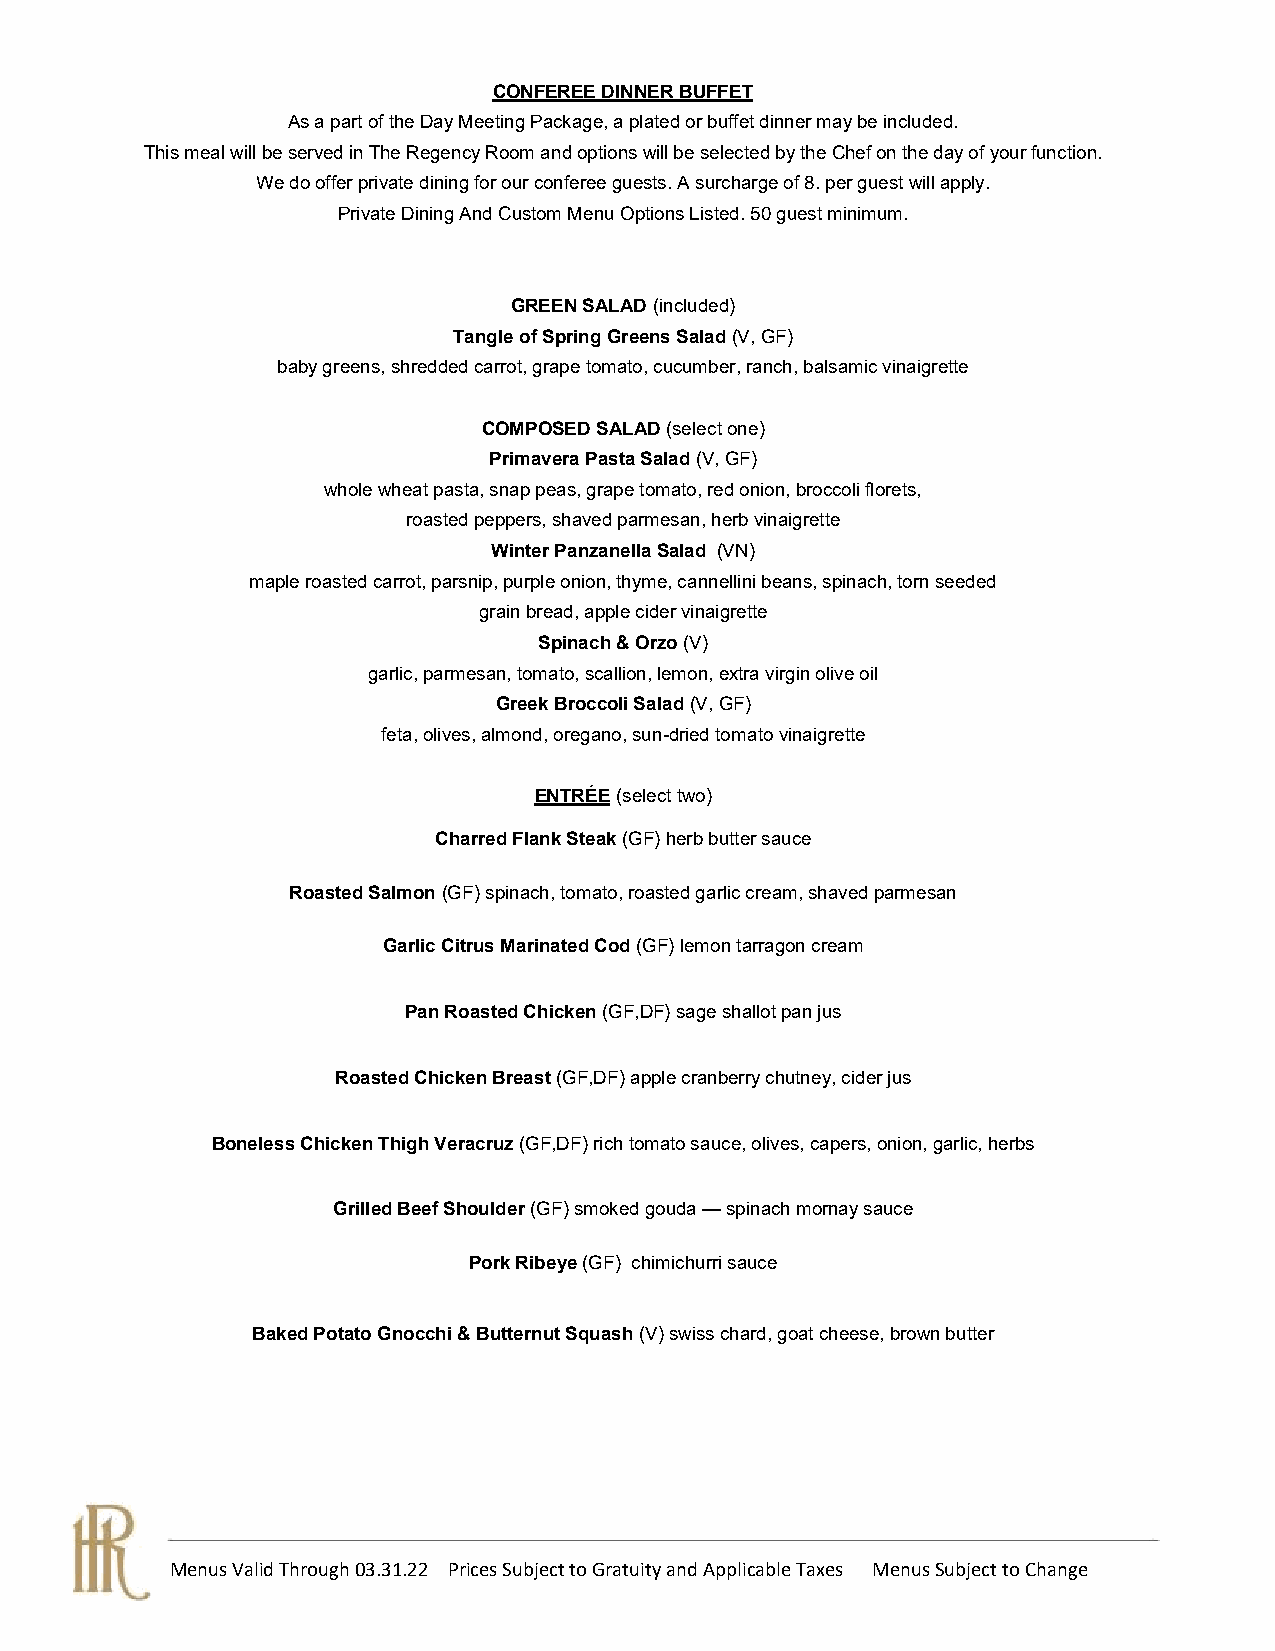
CONFEREE DINNER BUFFET
 As a part of the Day Meeting Package, a plated or buffet dinner may be included.
 This meal will be served in The Regency Room and options will be selected by the Chef on the day of your function.
 We do offer private dining for our conferee guests. A surcharge of 8. per guest will apply.
 Private Dining And Custom Menu Options Listed. 50 guest minimum.
 GREEN SALAD (included)
 Tangle of Spring Greens Salad (V, GF)
 baby greens, shredded carrot, grape tomato, cucumber, ranch, balsamic vinaigrette
 COMPOSED SALAD (select one)
 Primavera Pasta Salad (V, GF)
 whole wheat pasta, snap peas, grape tomato, red onion, broccoli florets,
 roasted peppers, shaved parmesan, herb vinaigrette
 Winter Panzanella Salad (VN)
 maple roasted carrot, parsnip, purple onion, thyme, cannellini beans, spinach, torn seeded
 grain bread, apple cider vinaigrette
 Spinach & Orzo (V)
 garlic, parmesan, tomato, scallion, lemon, extra virgin olive oil
 Greek Broccoli Salad (V, GF)
 feta, olives, almond, oregano, sun-dried tomato vinaigrette
 ENTRÉE (select two)
 Charred Flank Steak (GF) herb butter sauce
 Roasted Salmon (GF) spinach, tomato, roasted garlic cream, shaved parmesan
 Garlic Citrus Marinated Cod (GF) lemon tarragon cream
 Pan Roasted Chicken (GF,DF) sage shallot pan jus
 Roasted Chicken Breast (GF,DF) apple cranberry chutney, cider jus
 Boneless Chicken Thigh Veracruz (GF,DF) rich tomato sauce, olives, capers, onion, garlic, herbs
 Grilled Beef Shoulder (GF) smoked gouda — spinach mornay sauce
 Pork Ribeye (GF) chimichurri sauce
 Baked Potato Gnocchi & Butternut Squash (V) swiss chard, goat cheese, brown butter
 Menus Valid Through 03.31.22 Prices Subject to Gratuity and Applicable Taxes Menus Subject to Change